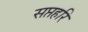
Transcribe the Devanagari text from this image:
सप्तहरि